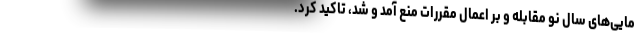
مایی‌های سال نو مقابله و بر اعمال مقررات منع آمد و شد، تاکید کرد.